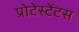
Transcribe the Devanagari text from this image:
प्रोटेस्टेंटस